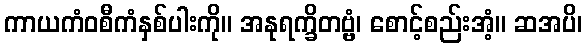
ကာယကံဝစီကံနှစ်ပါးကို။ အနုရက္ခိတဗ္ဗံ၊ စောင့်စည်းအံ့။ ဆအပိ၊